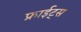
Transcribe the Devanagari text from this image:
फ्राईट्स